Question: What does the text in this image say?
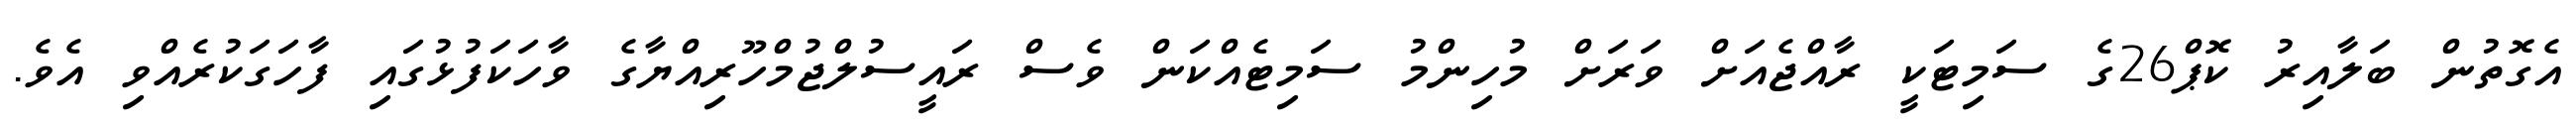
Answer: އެގޮތުން ބަލާއިރު ކޮޕް26ގެ ސަމިޓަކީ ރާއްޖެއަށް ވަރަށް މުހިންމު ސަމިޓެއްކަން ވެސް ރައީސުލްޖުމްހޫރިއްޔާގެ ވާހަކަފުޅުގައި ފާހަގަކުރެއްވި އެވެ.